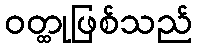
ဝတ္ထုဖြစ်သည်